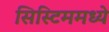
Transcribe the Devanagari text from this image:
सिस्टिममध्ये